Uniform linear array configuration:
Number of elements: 4
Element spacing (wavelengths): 0.25
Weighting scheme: blackman
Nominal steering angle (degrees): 15
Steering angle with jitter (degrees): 13.736
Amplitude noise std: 0.05
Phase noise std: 0.05

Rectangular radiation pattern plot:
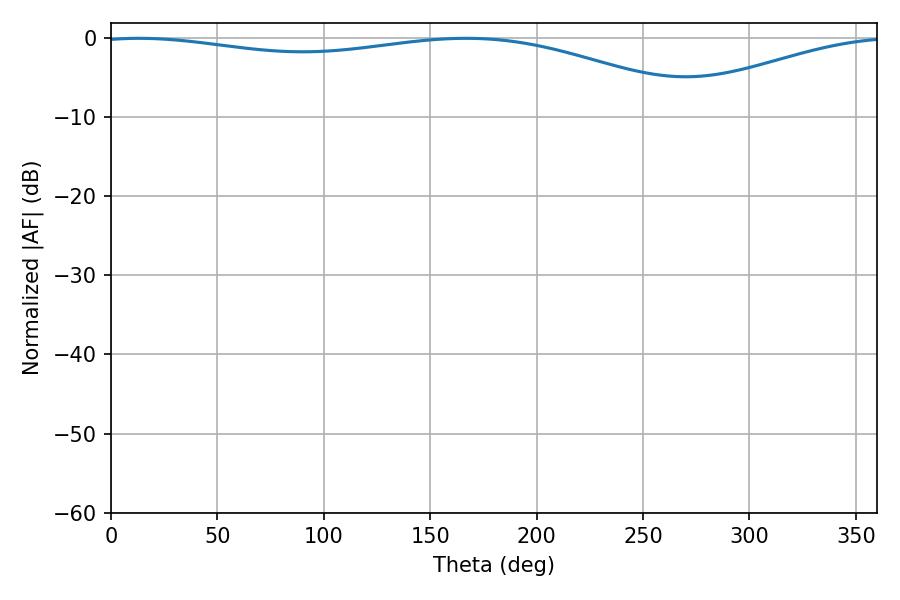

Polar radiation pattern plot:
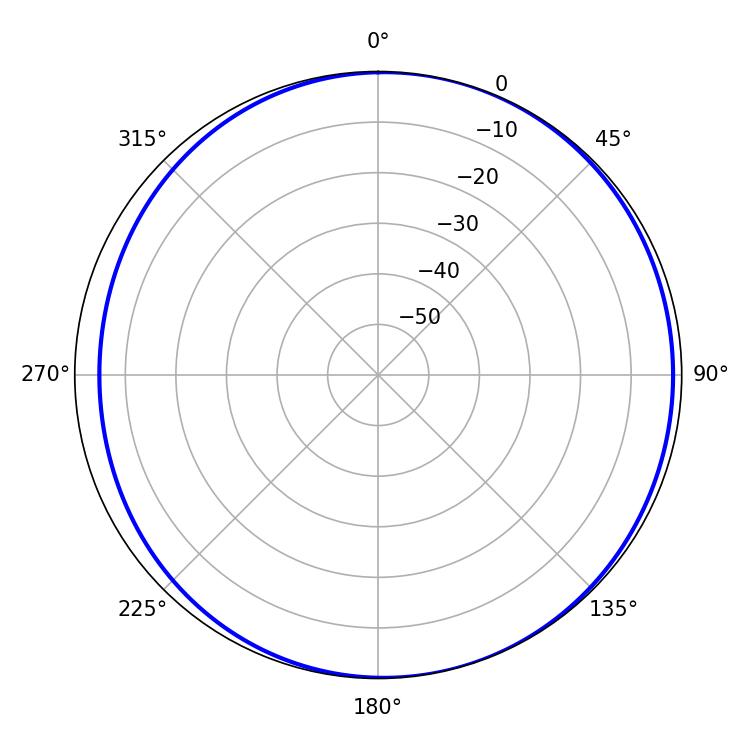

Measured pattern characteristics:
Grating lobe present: FALSE
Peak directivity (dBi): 5.081
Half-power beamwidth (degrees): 230.58
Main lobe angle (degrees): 13.14